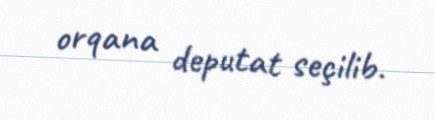
orqana deputat seçilib.